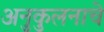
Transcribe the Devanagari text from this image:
अनुकुलनाचे